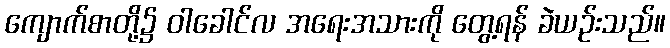
ကျောက်စာတို့၌ ဝါခေါင်လ အရေးအသားကို တွေ့ရန် ခဲယဉ်းသည်။